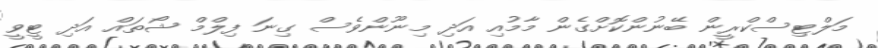
މަލްޓިސްކްރީން ބޭނުންކޮށްގެން މާމުއި އަދި މިނޫންވެސް ގިނަ ފިލްމް ޝޯތައް އަދި ޓީވީ